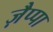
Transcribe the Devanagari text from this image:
ज़ैप्पा